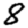
Digit: 8